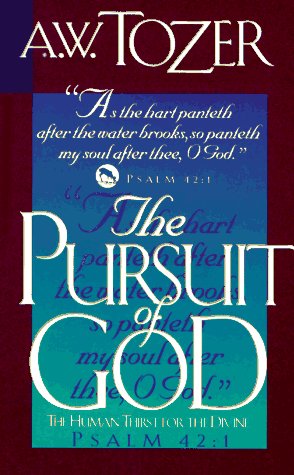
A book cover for The Pursuit of God; Aiden W. Tozer; Christian Books & Bibles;